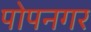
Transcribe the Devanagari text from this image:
पोपनगर